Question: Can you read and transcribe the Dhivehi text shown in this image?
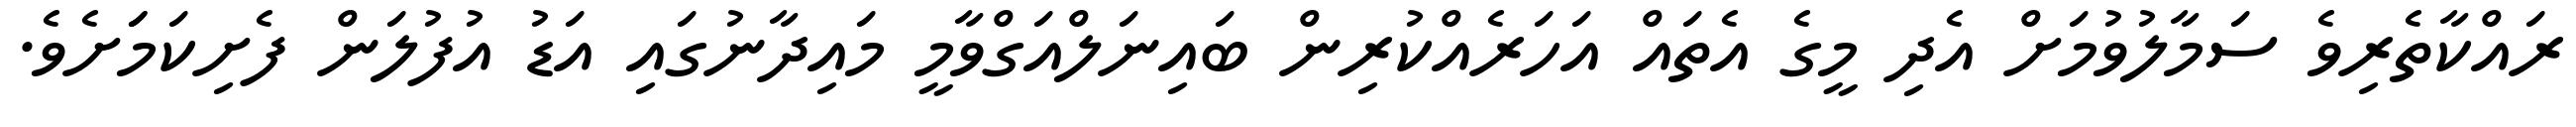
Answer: ރައްކާތެރިވެ ސަމާލުވުމަށް އެދި މީގެ އެތައް އަހަރެއްކުރިން ބައިނަލްއަގްވާމީ މައިދާނުގައި އަޑު އުފުލަން ފެށިކަމަަށެވެ.